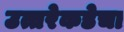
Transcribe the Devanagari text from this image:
उत्तरेकडेचा